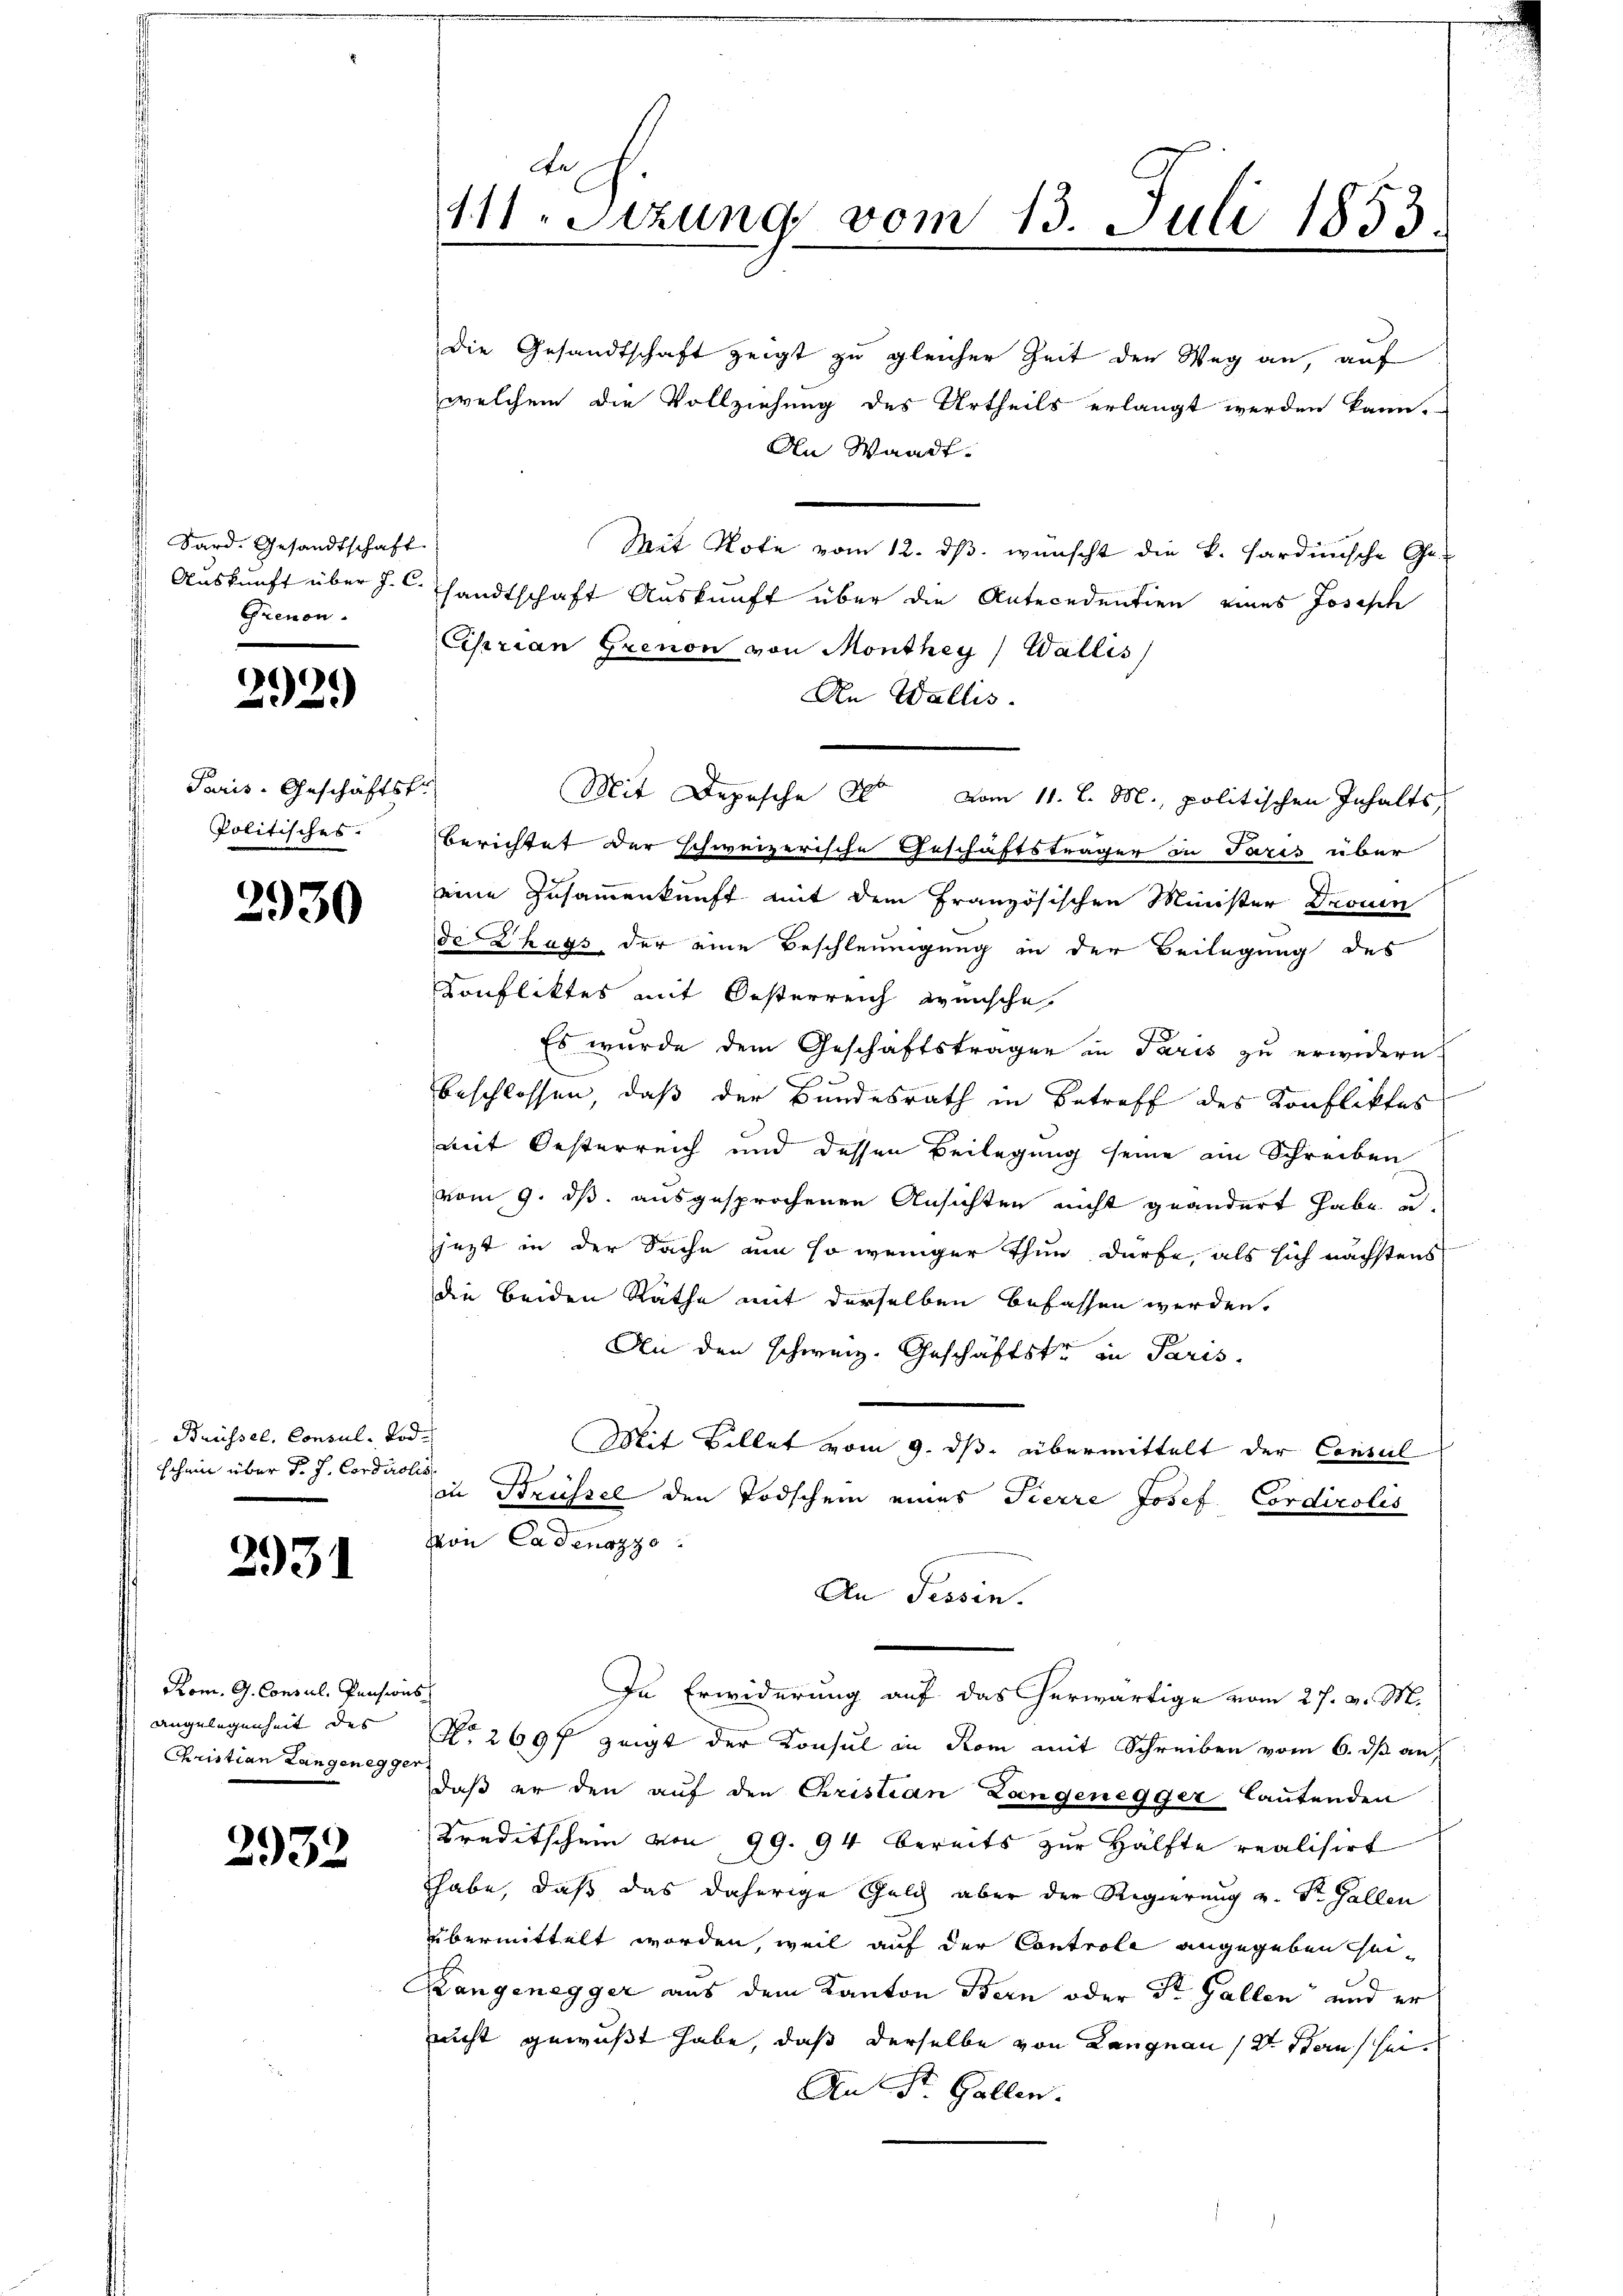
Sard. Gesandtschaft
Grenon.

69
i

Paris-Geschäftst
Politisches.

2930

Brüssel. Consul- Tode
schein über d. J. Cordirolis

2931

Rom. G. Consul, Pensions
angelegenheit des
Christian Langenegger

2932

An
111. Sitzung vom 13. Juli 1853

die Gesandtschaft zeigt zu gleicher Zeit der Weg an, auf
welchem die Vollziehung des Urtheils erlangt werden kann.
An Waadt.
Mit Note vom 12. ds. wünscht die k. Sardinische Ge-
Auskunft über J. C. sandtschaft Auskunft über die Antecedentien eines Joseph
Ciprian Grenon von Monthey) Wallis
An Wallis.
Mit Depesche der vom 11. l. M., politischen Inhalts,
Berichtet der schweizerische Geschäftsträger in Paris über
eine Zusammenkunft mit dem Französischen Minister Drouen
de Klags der eine Beschleunigung in der Beilegung des
Konfliktes mit Oesterreich wünsche
Es wurde dem Geschäftsträger in Paris zu erwidern
beschlossen, daß der Bundesrath in Betreff des Konfliktes
amit Oesterreich und dessen Beilegung seine am Schreiben
vom 9. ds. ausgesprochenen Ansichten nicht geändert habe u.
jezt in der Sache um so weniger thun dürfe, als sich nächstens
die beiden Räthe mit derselben befassen werden.
An den schweiz. Geschäftster in Paris
Mit Billet vom 9. ds. übermittelt der Consul
in Strüssel den Todschein eines Tierre Josef Cordirolis
von Cadenazzo
An Tessin.
In Erwiderung auf das herwärtige vom 27. v. M.
No 269f zeigt der Konsul in Rom mit Schreiben vom 6. ds au
daß er den aŭf den Cristian Langenegger lautenden
Kreditschein von 99. 94 bereits zur Hälfte realisirt
habe, daß das daherige Geld aber der Regierung u. Dr. Gallen
übermittelt worden, weil auf der Controle angegeben ei¬
Rangenegger aus dem Kanton Bern oder St. Gallen und er
nicht gewußt habe, daß derselbe von Langnau 12 Haus sei¬
An St. Gallen.